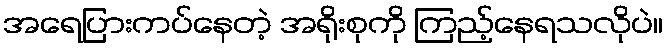
အရေပြားကပ်နေတဲ့ အရိုးစုကို ကြည့်နေရသလိုပဲ။